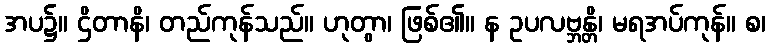
အပ၌။ ဌိတာနိ၊ တည်ကုန်သည်။ ဟုတွာ၊ ဖြစ်၏။ န ဥပလဗ္ဘန္တိ၊ မရအပ်ကုန်။ စ၊